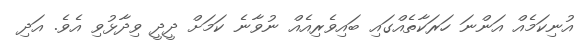
އުނިކަމެއް އަންނަ ހަރަކާތެއްގައި ބައިވެރިއެއް ނުވާނެ ކަމަށް ދީދީ ވިދާޅުވި އެވެ. އަދި